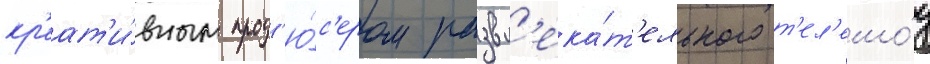
кр'еат'и́вным прод'ю́с'ером развл'ека́т'ельного т'ел'ешо́у